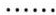
……